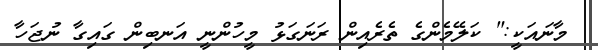
މާނައަކީ:" ކަލޭމެންގެ ތެރެއިން ރަނަގަޅު މީހުންނީ އަނބިން ގައިގާ ނުޖަހާ